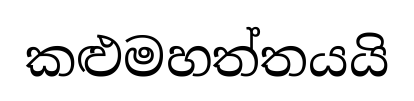
කළුමහත්තයයි